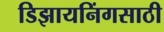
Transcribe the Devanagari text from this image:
डिझायनिंगसाठी